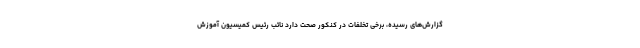
گزارش‌های رسیده، برخی تخلفات در کنکور صحت دارد نائب رئیس کمیسیون آموزش